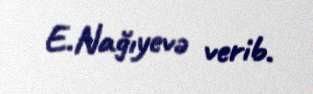
E.Nağıyevə verib.